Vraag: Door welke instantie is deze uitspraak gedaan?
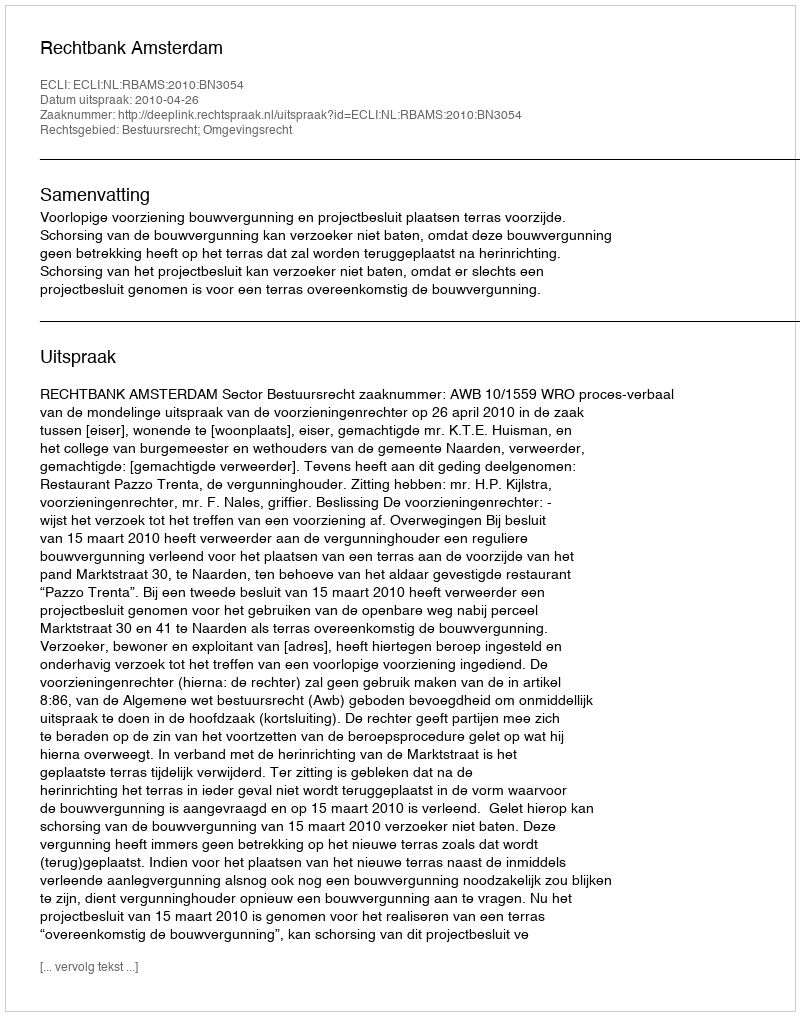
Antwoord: Rechtbank Amsterdam